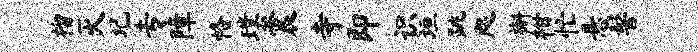
榴灭圮专障恪璞震寺即识垣跳咫槲柑忙悬髻